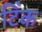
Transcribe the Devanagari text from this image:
टिंक